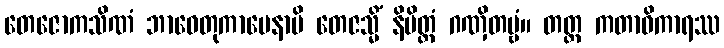
တေဇောကသိဏံ ဘာဝေတုကာမေနာပိ တေဇသ္မိံ နိမိတ္တံ ဂဏှိတဗ္ဗံ။ တတ္ထ ကတာဓိကာရဿ